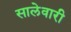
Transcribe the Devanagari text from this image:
सालेवारी